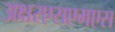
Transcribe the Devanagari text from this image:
अक्षरएसएमएस